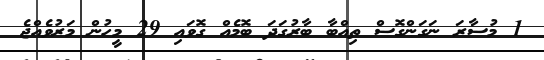
1 މުސާރަ ނަގަންގޮސް ތިއްބާ ބާރުގަދަ ބޮމެއް ގޮވައި 29 މީހުން މަރުވެއްޖެ